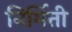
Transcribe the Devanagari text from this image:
निर्मित्ती